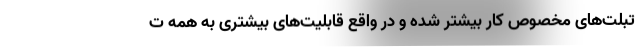
تبلت‌های مخصوص کار بیشتر شده و در واقع قابلیت‌های بیشتری به همه ت